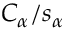
C _ { \alpha } / s _ { \alpha }